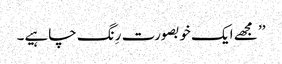
’’ مجھے ایک خوبصورت رِنگ چاہیے۔